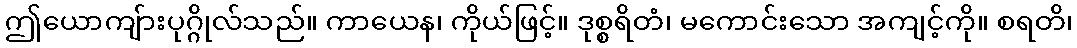
ဤယောကျ်ားပုဂ္ဂိုလ်သည်။ ကာယေန၊ ကိုယ်ဖြင့်။ ဒုစ္စရိတံ၊ မကောင်းသော အကျင့်ကို။ စရတိ၊